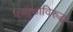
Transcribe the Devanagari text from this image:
बर्म्युडाविरुद्ध